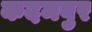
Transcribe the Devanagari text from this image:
कदमबुर